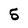
Character: 5